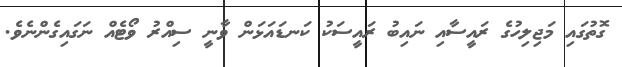
ގޮތުގައި މަޖިލިހުގެ ރައީސާއި ނައިބު ރައީސަކު ކަނޑައަޅަން ވާނީ ސިއްރު ވޯޓެއް ނަގައިގެންނެވެ.